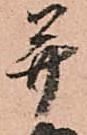
并